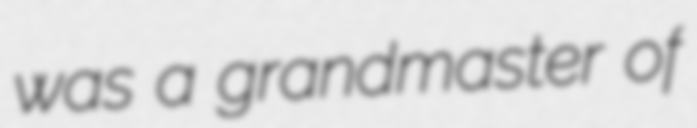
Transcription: was a grandmaster of